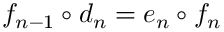
f _ { n - 1 } \circ d _ { n } = e _ { n } \circ f _ { n }